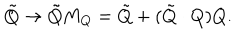
\tilde { Q } \rightarrow \tilde { Q } M _ { Q } = \tilde { Q } + ( \tilde { Q } \cdot Q ) Q .